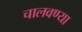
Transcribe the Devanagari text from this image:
चालवण्या